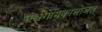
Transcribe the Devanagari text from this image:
पार्श्वगायकांसोबत